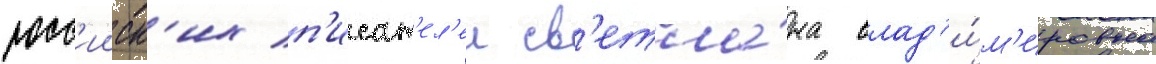
росс'ииск'их п'исат'ел'еи св'етла́на влад'и́м'ировна